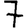
Digit: 7